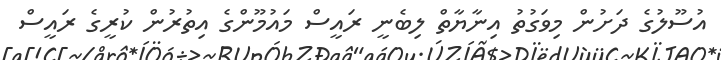
އުސޫލުގެ ދަށުން މިވަގުތު އިނާޔާތް ލިބެނީ ރައީސް މައުމޫންގެ އިތުރުން ކުރީގެ ރައީސް